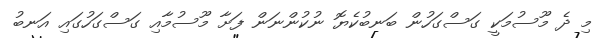
މި ދެ މޫސުމަކީ ގަސްގަހުން ބަނބުކެޔޮ ނުކުންނަން ފަށާ މޫސުމާއި ގަސްގަހުގައި އަނބު